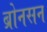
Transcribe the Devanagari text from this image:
ब्रोनसन